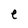
Character: e